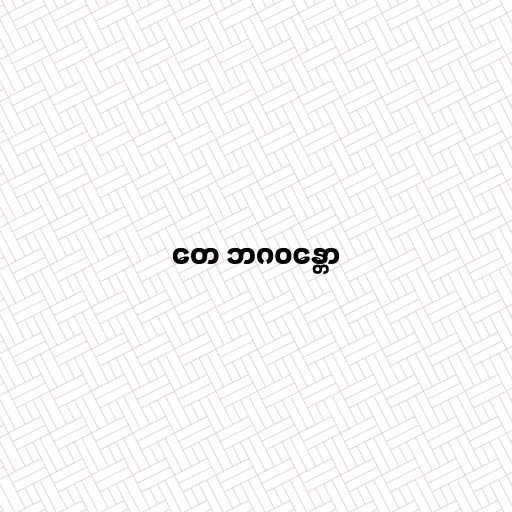
တေ ဘဂဝန္တော